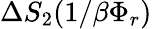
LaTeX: \Delta S_{2}(1/\beta\Phi_{r})